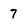
Character: 7